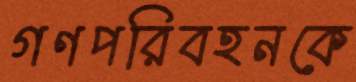
গণপরিবহনকে